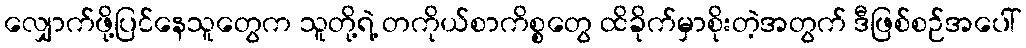
လျှောက်ဖို့ပြင်နေသူတွေက သူတို့ရဲ့ တကိုယ်စာကိစ္စတွေ ထိခိုက်မှာစိုးတဲ့အတွက် ဒီဖြစ်စဉ်အပေါ်